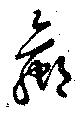
蠃